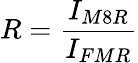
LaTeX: R=\frac{I_{M8R}}{I_{FMR}}